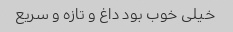
خیلی خوب بود داغ و تازه و سریع